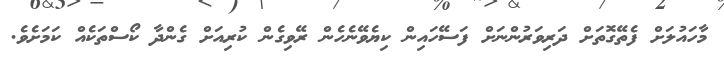
މާހައުލަށް ފެތޭގޮތަށް ދަރިވަރުންނަށް ފަސޭހައިން ކިޔެވޭނެހެން ރޭވިގެން ކުރިއަށް ގެންދާ ކޯސްތަކެއް ކަމަށެވެ.